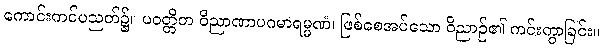
ကောင်းကင်ပညတ်၌။ ပဝတ္တိတ ဝိညာဏာပဂမာရမ္မဏံ၊ ဖြစ်စေအပ်သော ဝိညာဉ်၏ ကင်းကွာခြင်း။